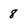
Character: 8